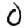
Digit: 0